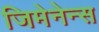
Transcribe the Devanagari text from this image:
जिमेनेन्स